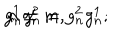
g _ { n } ^ { 1 } g _ { n } ^ { 2 } = g _ { n } ^ { 2 } g _ { n } ^ { 1 } ; \hspace { 0 . 5 c m } n \neq m ,